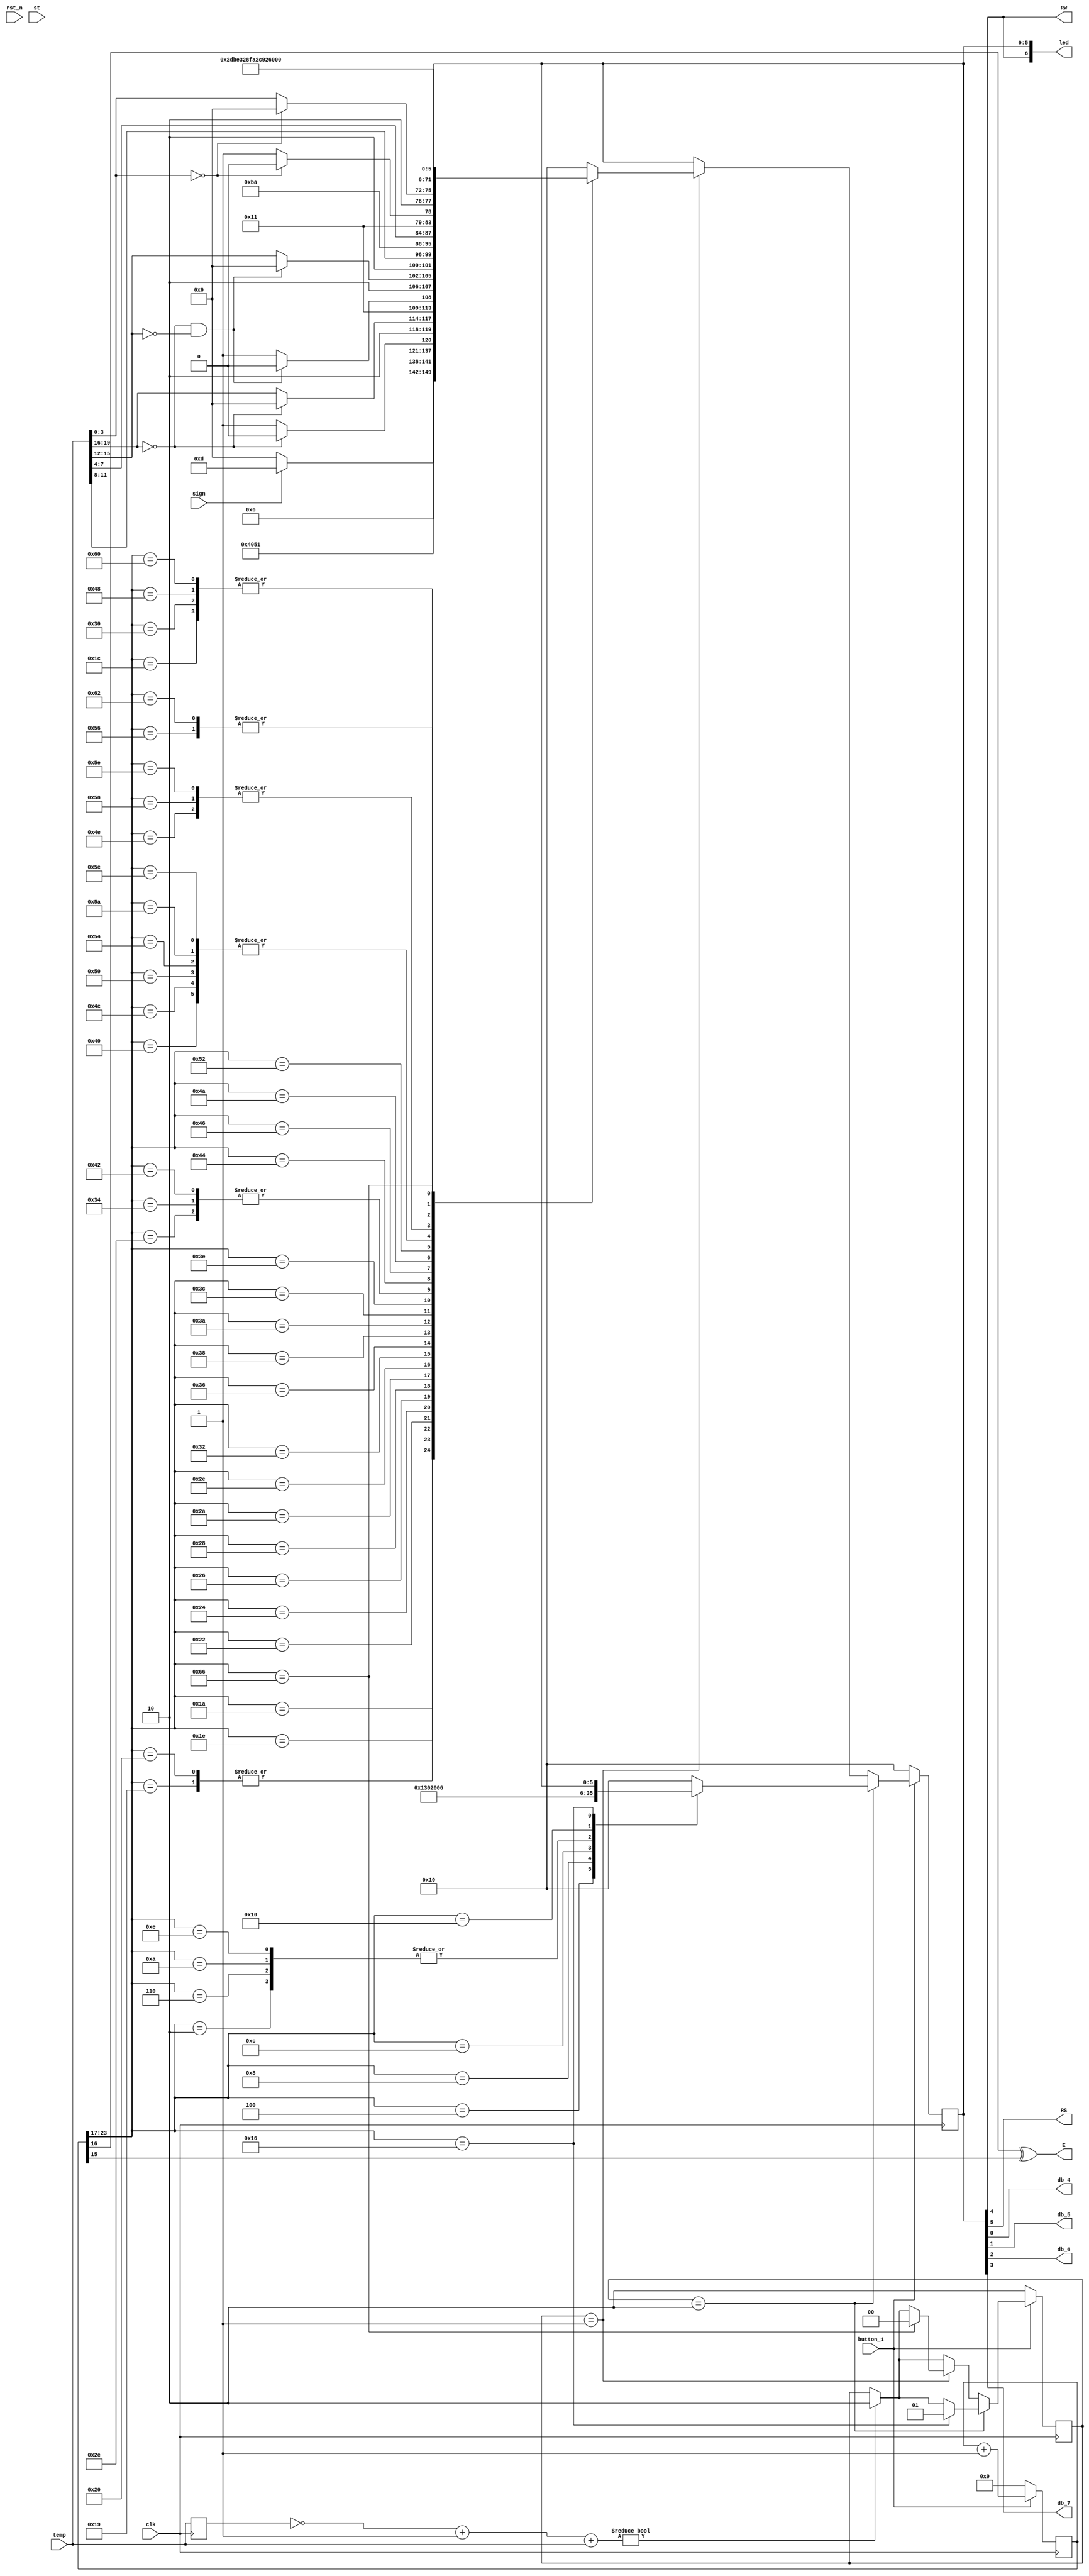
module display(
	//inputs
	input clk,
	input rst_n,
	input button_1,
	input [19:0]temp,
	input sign,
	input st,

	//outputs
	output [7:0]led,
	output RS,
	output RW,
	output E,
	output db_4,
	output db_5,
	output db_6,
	output db_7
   );

parameter init = 2'b10;
parameter refresh = 2'b01;
parameter done = 2'b00;

reg [1:0] state = init;
reg [26:0] count;
reg [5:0] code = 6'b0100000000;	//Default state to allow write
reg [19:0] temp_change;

wire [19:0] temp_inv = (~temp_change + 1) + temp;
	
always @( posedge clk )
	begin
		if ( ~button_1 )  begin
			count <= 0;
		end else begin
			count <= count +1;
		end
	end
	
always @( posedge clk )
	begin
		if (temp_inv != 20'b0) begin
			state <= init;
		end
		
		temp_change <= temp;
		
		if ( ~button_1 )  begin
			code <= 6'b010000;
			state <= init;
		end else if ( state == init ) begin
			case (count[23:17])
				2: code <= 6'b000000;
				4: code <= 6'b000001;		//1 then Clear display
				6: code <= 6'b000000;
				8: code <= 6'b001100;		//1 then [2]Display on/off, [1]Cursor on/off, [0]CBlink on/off
				10: code <= 6'b000000;
				12: code <= 6'b000010;		//1 then Return curser to original pos.
				14: code <= 6'b000000;
				16: code <= 6'b000110;		//1 then Set [1]increment/decrement and [0] shift entire disp
				22: state <= refresh;
				default: code <= 6'b010000;
			endcase;			
		end else if ( state == refresh ) begin
			case (count[23:17])
				25: code <= 6'b001000;
				26: code <= 6'b000001;		//DDRAM Addy AC01
				28: code <= 6'b100010;
				30: if ( sign == 1 ) begin //Blank or negative sign
						code <= 6'b101101;
					 end else begin
						code <= 6'b100000;
					 end
				32: code <= 6'b001000;
				34: code <= 6'b000010;		//DDRAM Addy AC02
				36: if (temp[19:16] == 4'b0) begin
						code <= 6'b100010;
					 end else begin
						code <= 6'b100011;
					 end
				38: if (temp[19:16] == 4'b0) begin
						code <= 6'b100000;
					 end else begin
						code <= {6'b10, temp[19:16]};
					 end
				40: if ((temp[19:16] == 4'b0) && (temp[15:12] == 4'b0)) begin
						code <= 6'b100010;
					 end else begin
						code <= 6'b100011;
					 end
				42: if ((temp[19:16] == 4'b0) && (temp[15:12] == 4'b0)) begin
						code <= 6'b100000;
					 end else begin
						code <= {6'b10, temp[15:12]};
					 end
				44: code <= 6'b100011;
				46: code <= {6'b10, temp[11:8]};
				48: code <= 6'b100010;
				50: code <= 6'b101110;
				52: code <= 6'b100011;
				54: code <= {6'b10, temp[7:4]};
				56: if (temp[3:0] == 4'b0) begin
						code <= 6'b100010;
					 end else begin
						code <= 6'b100011;
					 end				
				58: if (temp[3:0] == 4'b0) begin
						code <= 6'b100000;
					 end else begin
						code <= {6'b10, temp[3:0]};
					 end				
				60: code <= 6'b101101;
				62: code <= 6'b101111;		//degree character
				64: code <= 6'b100100;
				66: code <= 6'b100011;		//C
				68: code <= 6'b001010;
				70: code <= 6'b001111;		//DDRAM Addy AC47
				72: code <= 6'b100010;
				74: code <= 6'b101000;		//(
				76: code <= 6'b100100;
				78: code <= 6'b100101;		//E
				80: code <= 6'b100100;
				82: code <= 6'b101100;		//L
				84: code <= 6'b100100;
				86: code <= 6'b101001;		//I
				88: code <= 6'b100101;
				90: code <= 6'b100100;		//T
				92: code <= 6'b100100;
				94: code <= 6'b100101;		//E
				96: code <= 6'b100010;
				98: code <= 6'b101001;		//)
				100: code <= 6'b010000;		//Read
				102: state <= done;
				default: code <= 6'b010000;
			endcase;
		end
	end

assign E = (count[16] ^ count[15]);
assign RS = code[5];
assign RW = code[4];
assign db_4 = code[0];
assign db_5 = code[1];
assign db_6 = code[2];
assign db_7 = code[3];

assign led[6:0] = {E, RS, RW, code};
endmodule